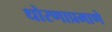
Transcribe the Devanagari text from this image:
धोरणाप्रमाणे